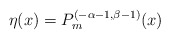
\begin{align*}\eta(x) = P_m^{(-\alpha-1,\beta-1)}(x)\end{align*}